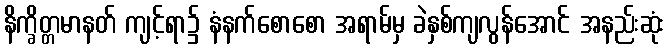
နိက္ခိတ္တမာနတ် ကျင့်ရာ၌ နံနက်စောစော အရာမ်မှ ခဲနှစ်ကျလွန်အောင် အနည်းဆုံး